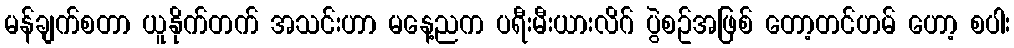
မန်ချက်စတာ ယူနိုက်တက် အသင်းဟာ မနေ့ညက ပရီးမီးယားလိဂ် ပွဲစဥ်အဖြစ် တော့တင်ဟမ် ဟော့ စပါး